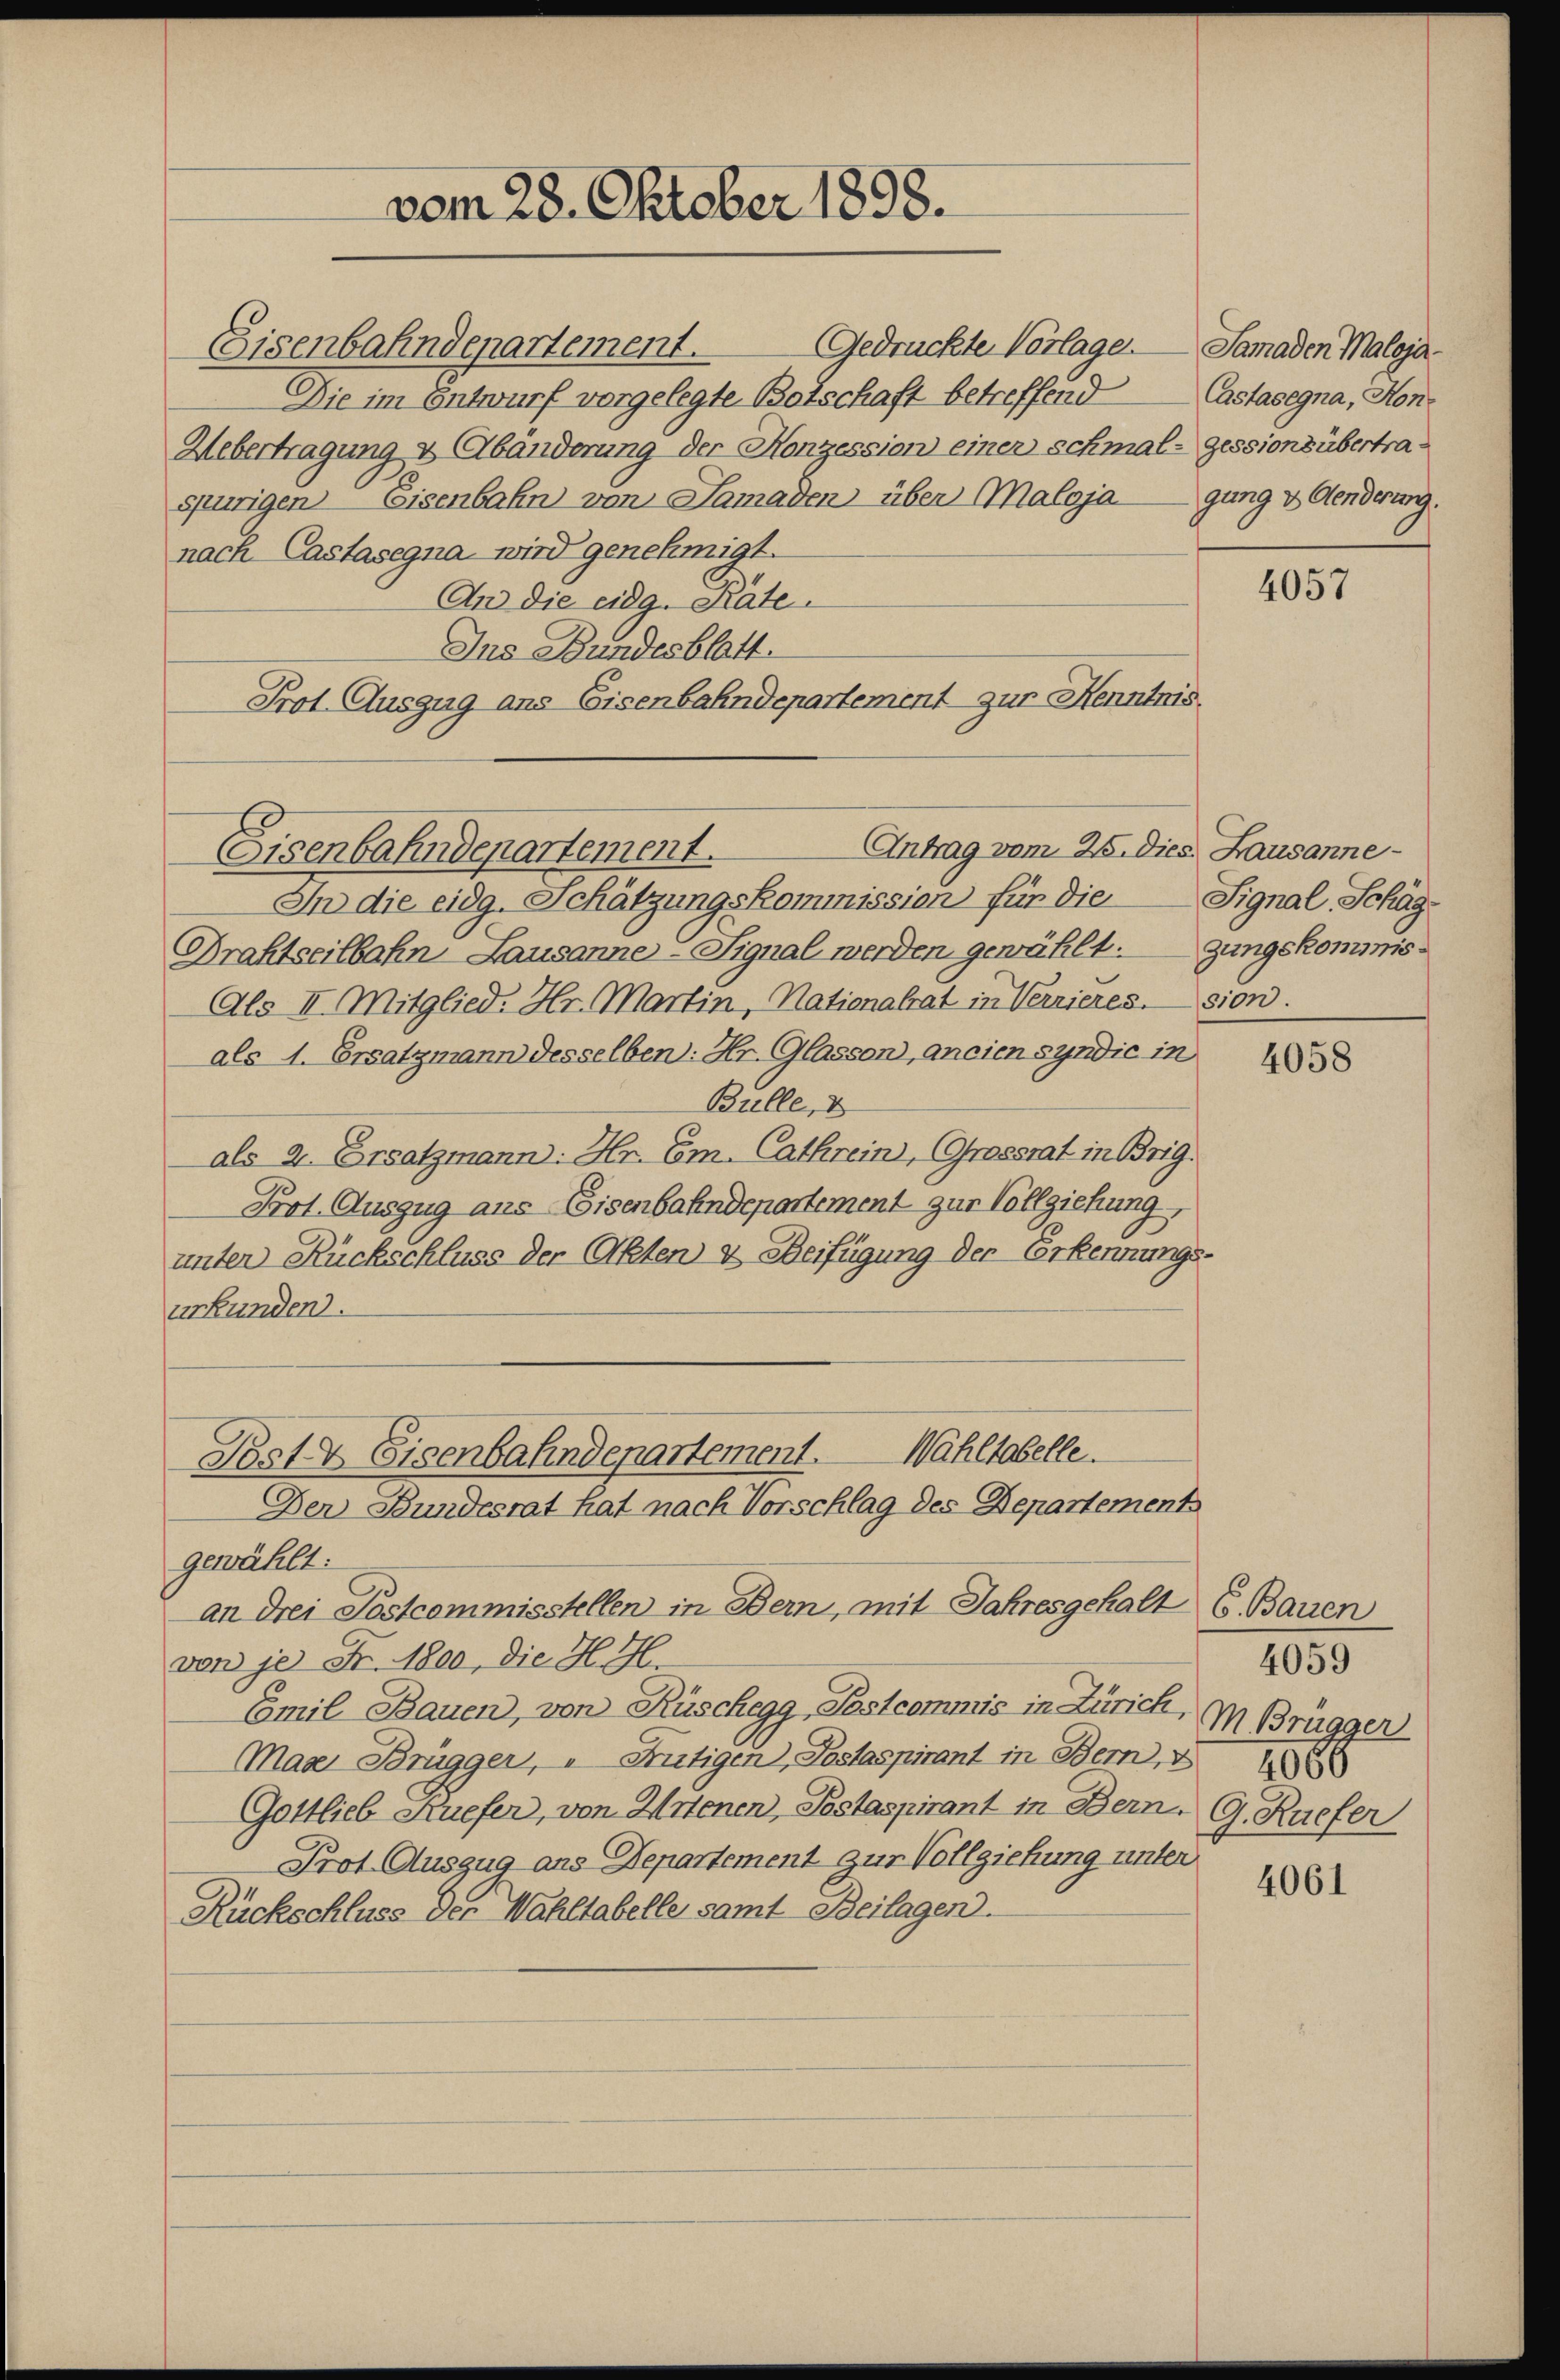
vom 28. Oktober 1898.

Eisenbahndepartement.
Gedrückte Vorlage. Samaden Maloja¬
Die im Entwurf vorgelegte Botschaft betreffend
Uebertragung & Abänderung der Konzession einer schmal-gessionsübertraspurigen Eisenbahn von Samaden über Malojagung v. Aenderung.
nach Castasegna wird genehmigt.
An die eidg. Räte
Ins Bundesblatt.
Prot. Auszug ans Eisenbahndepartement zur Kenntnis.
In die eidg. Schätzungskommission für die
Drahtseilbahn-Lausannes-Signal werden gewählt. Zungskominis¬
Als II. Mitglied. Hr. Martin, Nationalrat in Vernieression.
als 1. Ersatzmann desselben: Hr. Glassen, ancien syndic in
Bulle, d
als 2. Ersatzmann: Hr. Em. Cathrein, Grossrat in Brig
Prot. Auszug aus Eisenbahndepartement zur Vollziehung,
unter Rückschluss der Akten & Beifügung der Erkerinungsurkunden.

Antrag vom 25. dies. Lausanne
Eisenbahndepartement.

Wahltabelle.
Post & Eisenbahndepartement.
Der Bundesrat hat nach Vorschlag des Departement

gewählt:
an drei Postcommisstellen in Bern, mit Jahresgehalt 6. Bauen
von je Fr. 1800, die H. H
Emil Bauen, von Rüschegg, Postcommis in Zürich, in Brügger
Maar Brügger, " Frutigen, Postaspirant in Bern, d
Gottlieb Kiefer, von Wienen, Pestaspirant in Bern. G. Ruefer
Prot. Auszug aus Departement zur Vollziehung unter
Rückschluss der Wahltabelle samt Beilagen.

Castasegna, Hon¬

4057

Signal, Schäg¬

4058

4059
4066

4061